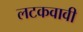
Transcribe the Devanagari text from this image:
लटकवावी